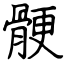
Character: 骾